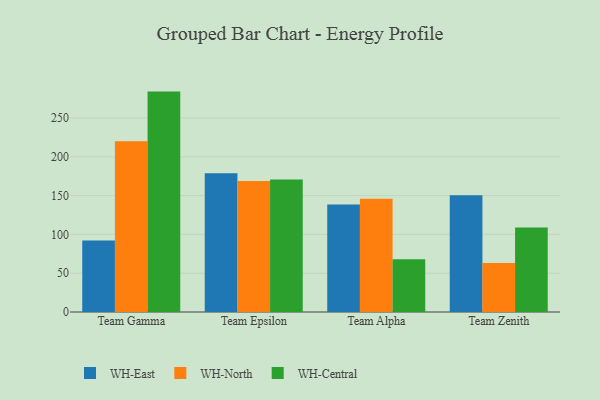
{"axis": {"x": "Team", "y": "Population (Million)"}, "legend": ["WH-Central", "WH-East", "WH-North"], "data": [{"x": "Team Gamma", "y": 92.1, "type": "WH-East"}, {"x": "Team Gamma", "y": 220.2, "type": "WH-North"}, {"x": "Team Gamma", "y": 284.1, "type": "WH-Central"}, {"x": "Team Epsilon", "y": 178.7, "type": "WH-East"}, {"x": "Team Epsilon", "y": 169.0, "type": "WH-North"}, {"x": "Team Epsilon", "y": 170.9, "type": "WH-Central"}, {"x": "Team Alpha", "y": 138.6, "type": "WH-East"}, {"x": "Team Alpha", "y": 145.9, "type": "WH-North"}, {"x": "Team Alpha", "y": 67.9, "type": "WH-Central"}, {"x": "Team Zenith", "y": 150.6, "type": "WH-East"}, {"x": "Team Zenith", "y": 63.1, "type": "WH-North"}, {"x": "Team Zenith", "y": 109.0, "type": "WH-Central"}]}